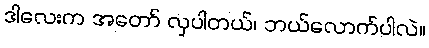
ဒါလေးက အတော် လှပါတယ်၊ ဘယ်လောက်ပါလဲ။